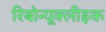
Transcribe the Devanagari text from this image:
रिबोन्यूक्लीइक